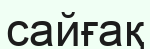
сайғақ